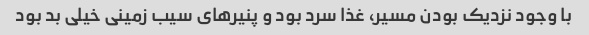
با وجود نزدیک بودن مسیر، غذا سرد بود و پنیرهای سیب زمینی خیلی بد بود